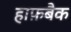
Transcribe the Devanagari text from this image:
हाफ़बैक